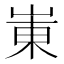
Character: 崬